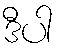
ဒီပါ